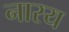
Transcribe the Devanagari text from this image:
नारय